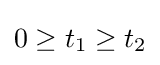
0\geq t_{1}\geq t_{2}